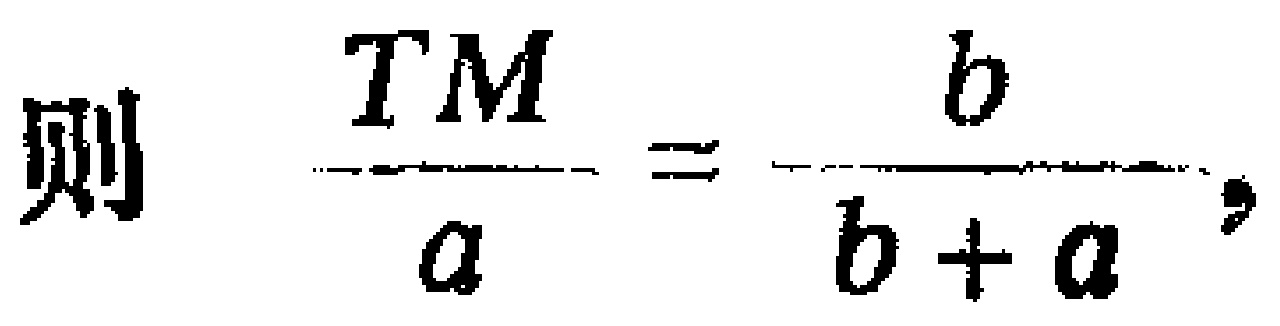
则 $\frac{TM}{a}=\frac{b}{b + a},$